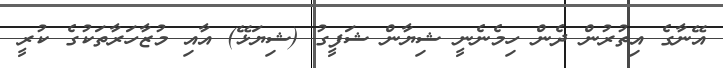
އޭނާގެ އިތުރުން ދެން ހިމެނެނީ ޝިޔާން ޝަފީގު (ޝިޔަޅޭ) އާއި މުޒާހަރާތަކުގެ ކުރީ